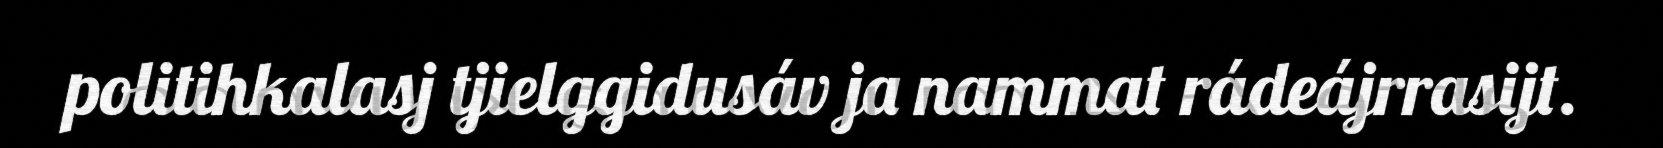
politihkalasj tjielggidusáv ja nammat rádeájrrasijt.